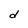
Character: d